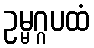
ဥမ္မဂ္ဂပထံ